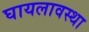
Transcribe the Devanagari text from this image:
घायलावस्था